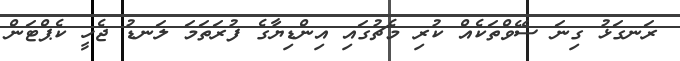
ރަނގަޅު ގިނަ ސޭވްތަކެއް ކުރި މެޗުގައި އިންޑިޔާގެ ފުރަތަމަ ލަނޑު ޖެހީ ކެޕްޓަން